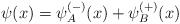
\begin{align*}\psi (x)=\psi _{A}^{\left( -\right) }(x)+\psi _{B}^{\left( +\right) }(x)\end{align*}